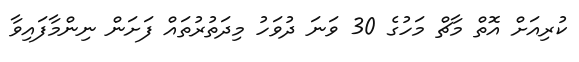
ކުރިއަށް އޮތް މާޗް މަހުގެ 30 ވަނަ ދުވަހު މިދަތުރުތައް ފަށަން ނިންމާފައިވާ